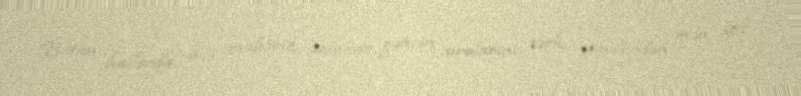
Bütün hallarda, belə mübariz, əzmkar gəncin sıralarını tərk etməsindən mən yox,